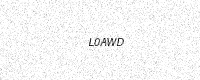
Text: L0AWD